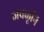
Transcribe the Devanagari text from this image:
जवळूनि